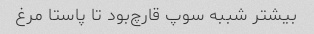
بیشتر شببه سوپ قارچ‌بود تا پاستا مرغ